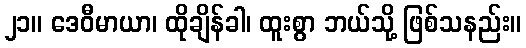
၂၁။ ဒေဝီမာယာ၊ ထိုချိန်ခါ၊ ထူးစွာ ဘယ်သို့ ဖြစ်သနည်း။